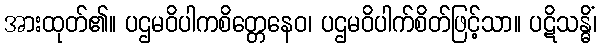
အားထုတ်၏။ ပဌမဝိပါကစိတ္တေနေဝ၊ ပဌမဝိပါက်စိတ်ဖြင့်သာ။ ပဋိသန္ဓိံ၊